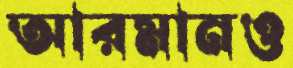
আরমানও